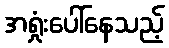
အရှုံးပေါ်နေသည့်